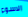
الاسوء